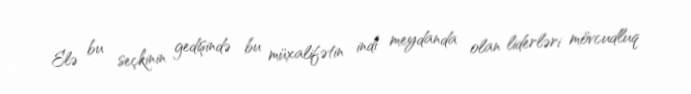
Elə bu seçkinin gedişində bu müxalifətin indi meydanda olan liderləri mövcudluq